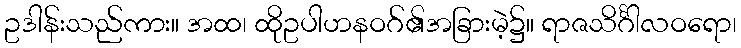
ဥဒါန်းသည်ကား။ အထ၊ ထိုဥပါဟနဝဂ်၏အခြားမဲ့၌။ ရာဇသိင်္ဂါလဝရော၊